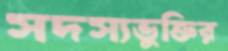
সদস্যভুক্তির